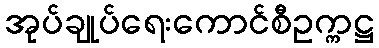
အုပ်ချုပ်ရေးကောင်စီဥက္ကဋ္ဌ